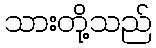
သားတို့သည်